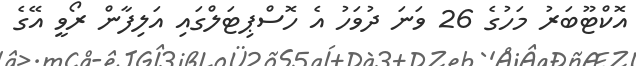
އޮކްޓޫބަރު މަހުގެ 26 ވަނަ ދުވަހު އެ ހޮސްޕިޓަލްގައި އަލިފާން ރޯވީ އޭގެ